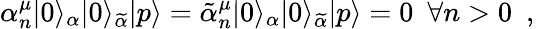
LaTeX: \alpha_{n}^{\mu}|0\rangle_{\alpha}|0\rangle_{\widetilde\alpha}|p\rangle=\tilde{\alpha}_{n}^{\mu}|0\rangle_{\alpha}|0\rangle_{\widetilde\alpha}|p\rangle=0~~\forall n>0~~,~~